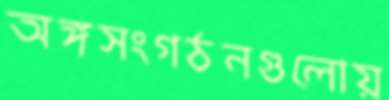
অঙ্গসংগঠনগুলোয়